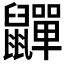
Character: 𮮯